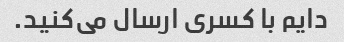
دایم با کسری ارسال می‌کنید.